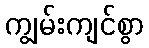
ကျွမ်းကျင်စွာ